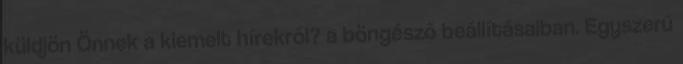
küldjön Önnek a kiemelt hírekről? a böngésző beállításaiban. Egyszerű